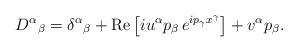
LaTeX: \begin{align*}D^\alpha{}_\beta=\delta^\alpha{}_\beta+\operatorname{Re}\left[iu^\alpha p_\beta\,e^{ip_\gamma x^\gamma}\right]+v^\alpha p_\beta.\end{align*}